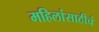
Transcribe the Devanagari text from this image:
महिलांसाठीचं